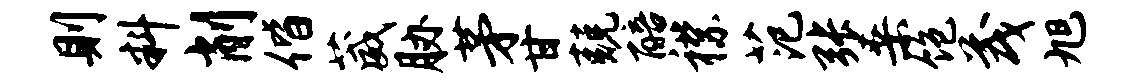
则料削偕葳胁茅甘兢醅襟范张桑饱茂旭